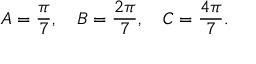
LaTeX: A = { \frac { \pi } { 7 } } , \quad B = { \frac { 2 \pi } { 7 } } , \quad C = { \frac { 4 \pi } { 7 } } .